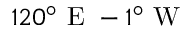
1 2 0 ^ { \circ } \mathrm { ~ E ~ } - 1 ^ { \circ } \mathrm { ~ W ~ }